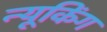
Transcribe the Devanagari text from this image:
न्यूकिंग